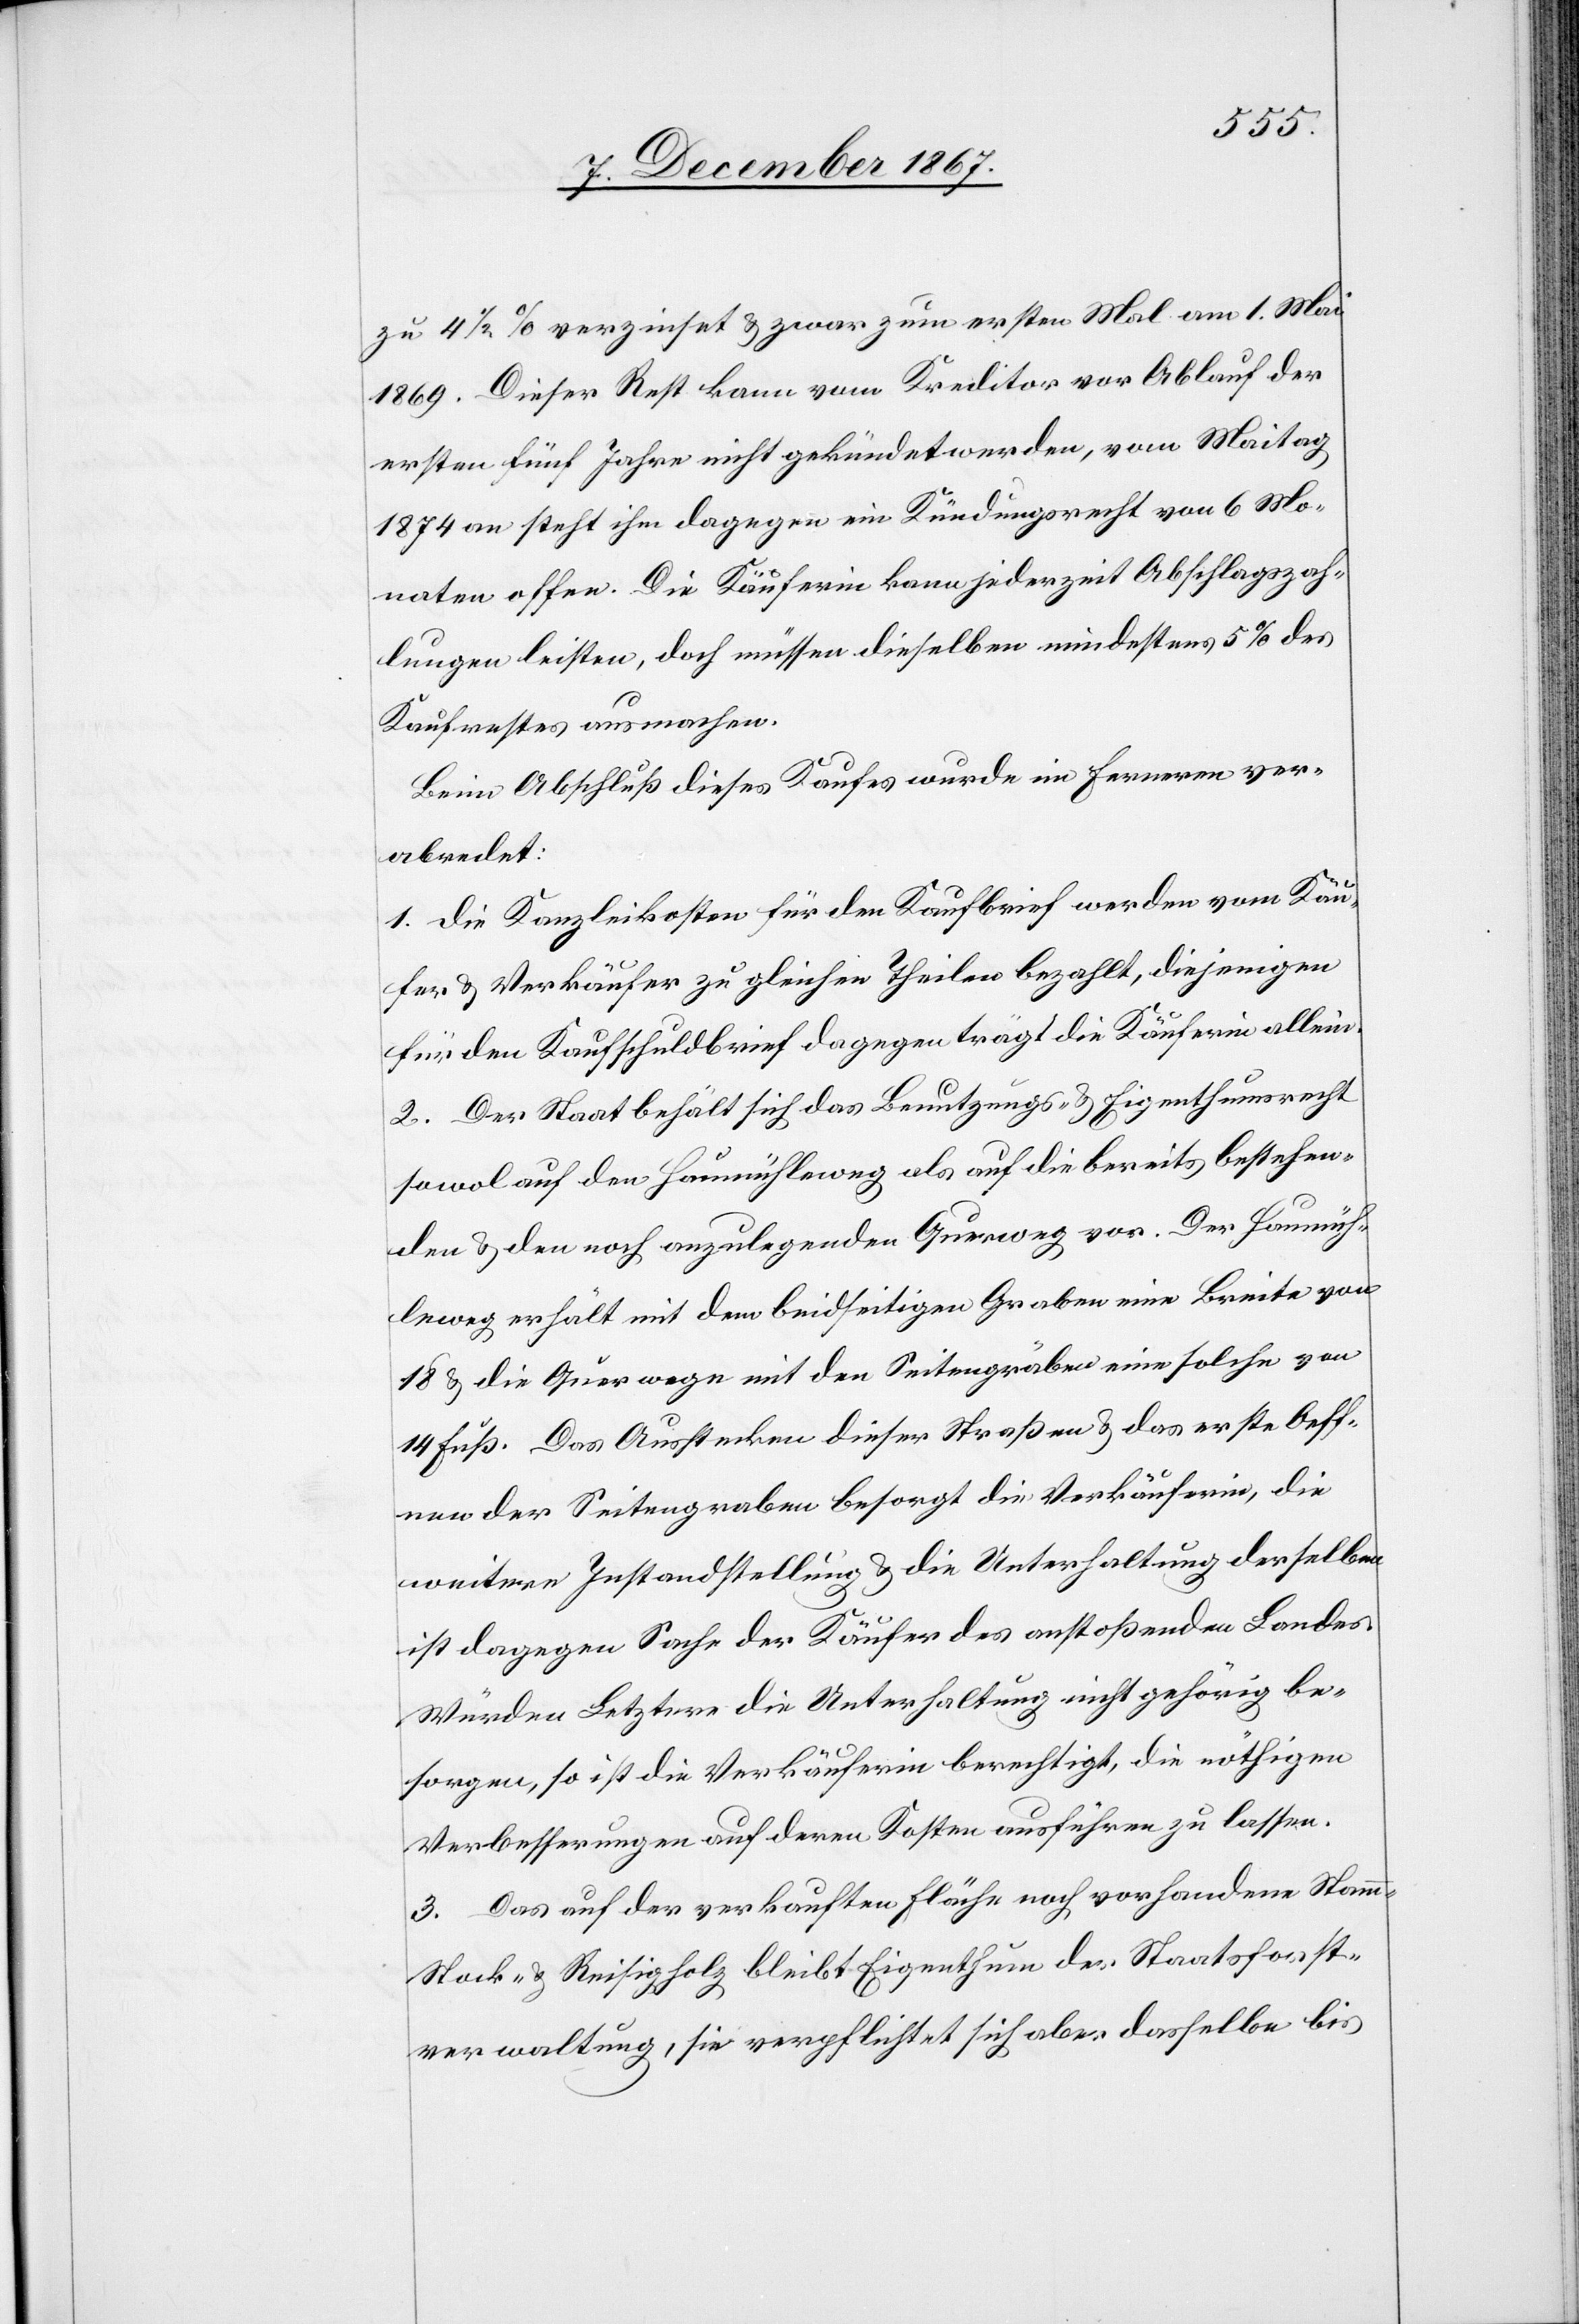
zu4½ % verzinset u. zwar zum ersten Mal am 1. Mai
1869. Dieser Rest kann vom Kredite vor Ablauf der
ersten fünf Jahre nicht gekündet werden, vom Maitag
1874 an steht im dagegen ein Kündigungsrecht von 6 Mo¬
naten offen. Die Käuferin kann jederzeit Abschlagszah¬
lungen leisten, doch müssen dieselben mindestens 5% des
Kaufrestes ausmachen.
Beim Abschluß dieses Kaufes wurde im Fernern ver¬
abredet:
1. die Kanzleikosten für den Kaufbrief werden vom Käu¬
fer u. Verkäufer zu gleichen Theilen bezahlt, diejenigen
für den Kaufschuldbrief dagegen trägt die Käuferin allein.
2. Der Staat behält sich das Benutzungs- u. Eingethumsrecht
sowol auf den Haumühleweg als auf die bereits bestehen¬
den u. den noch anzulegenden Querweg vor. Der Haumüh¬
leweg erhält mit dem beidseitigen Graben eine Breite von
18 u. die Querwege mit den Seitengräben eine solche von
14 Fuß. Das Ausstecken dieser Straßen u. das erste Oeff¬
nen der Seitengraben besorgt die Verkäuferin, die
weitere Instandhaltung u. die Unterhaltung derselben
ist dagegen Sache der Käufer des anstoßenden Landes.
Würden Letztere die Unterhaltung nicht gehörig be¬
sorgen, so ist die Verkäuferin berechtigt, die nöthigen
Verbesserungen auf deren Kosten ausführen zu lassen.
3. Das auf der verkauften Fläche noch vorhandene Stamm-[,]
Stock- u. Reisigholz bleibt Eigenthum der Staatsforst¬
verwaltung, sie verpflichtet sich aber, dasselbe bis